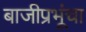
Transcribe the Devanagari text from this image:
बाजीप्रभूंचा